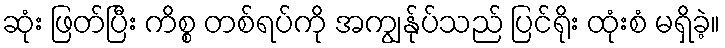
ဆုံး ဖြတ်ပြီး ကိစ္စ တစ်ရပ်ကို အကျွန်ုပ်သည် ပြင်ရိုး ထုံးစံ မရှိခဲ့။